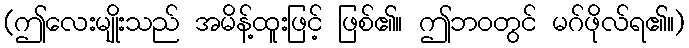
(ဤလေးမျိုးသည် အမိန့်ထူးဖြင့် ဖြစ်၏။ ဤဘဝတွင် မဂ်ဖိုလ်ရ၏။)